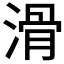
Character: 滑